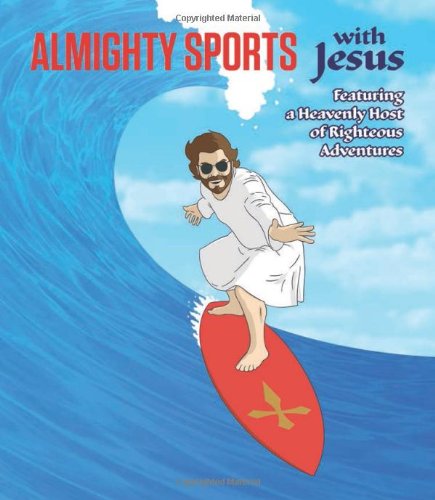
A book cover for Almighty Sports with Jesus: Featuring a Heavenly Host of Righteous Adventures; Sam Stall; Humor & Entertainment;